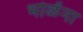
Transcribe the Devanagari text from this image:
भोळेंना